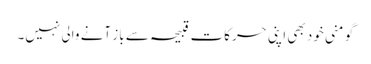
گو منی خود بھی اپنی حرکات قبیحہ سے باز آنے والی نہیں۔